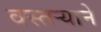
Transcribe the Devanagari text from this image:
वस्तर्‍याने